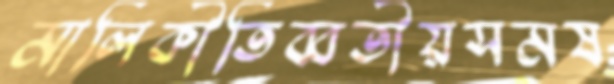
মালিকীতিব্বতীয়সমষ